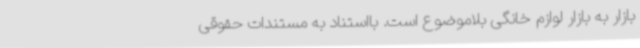
بازار به بازار لوازم خانگی بلاموضوع است. بااستناد به مستندات حقوقی